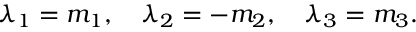
\lambda _ { 1 } = m _ { 1 } , \quad \lambda _ { 2 } = - m _ { 2 } , \quad \lambda _ { 3 } = m _ { 3 } .